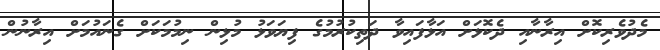
މެދުވެރިކޮށް އިރާނާއި ދެކޮޅަށް އަޅާފައިވާ ދަތިކުރުމުގެ ފިޔަވަޅު މުޅިން ނިމުމަކަށް ގެނައުމަށް އިރާނުން